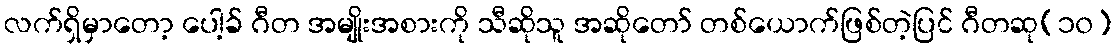
လက်ရှိမှာတော့ ပေါ့ခ် ဂီတ အမျိုးအစားကို သီဆိုသူ အဆိုတော် တစ်ယောက်ဖြစ်တဲ့ပြင် ဂီတဆု(၁၀)